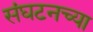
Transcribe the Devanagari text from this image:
संघटनच्या